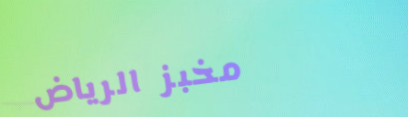
مخبز الرياض